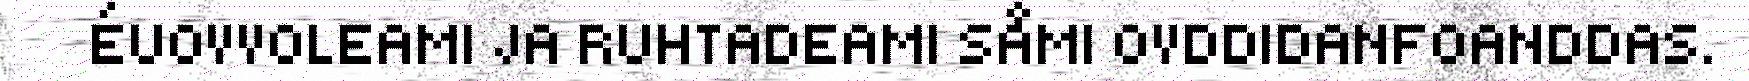
ÉUOVVOLEAMI JA RUHTADEAMI SÅMI OVDDIDANFOANDDAS.